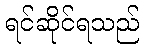
ရင်ဆိုင်ရသည်